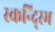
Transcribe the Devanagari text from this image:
स्कन्द्स्भि